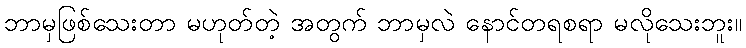
ဘာမှဖြစ်သေးတာ မဟုတ်တဲ့ အတွက် ဘာမှလဲ နောင်တရစရာ မလိုသေးဘူး။